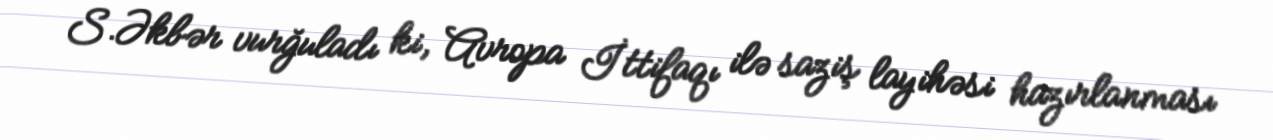
S.Əkbər vurğuladı ki, Avropa İttifaqı ilə saziş layihəsi hazırlanması